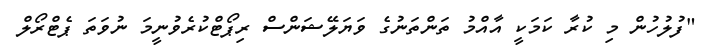
"ފުލުހުން މި ކުރާ ކަމަކީ އާއްމު ތަންތަނުގެ ވަޔަލޭޝަންސް ރިޕޯޓްކުރެވުނީމަ ނުވަތަ ޕެޓްރޯލް